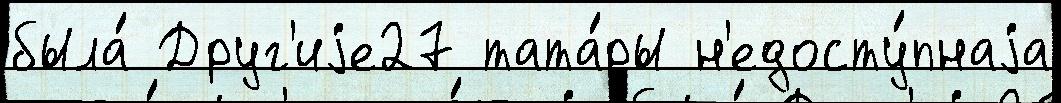
была́ Друг'иjе27 тата́ры н'едосту́пнаjа